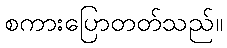
စကားပြောတတ်သည်။